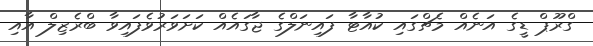
ގްރޫޕް ޑީގެ އަނެއް މެޗްގައި ކުއާޓާ ފައިނަލްގެ ޖާގައެއް ކަށަވަރުވެފައިވާ ބްރެޒިލް އާއި